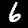
Label: 6